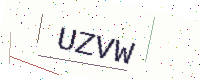
Text: UZVW